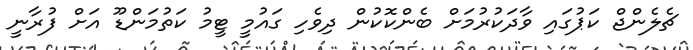
ޗެލެންޖް ކަޕުގައި ވާދަކުރުމަށް ބެންކޮކުން ދިވެހި ގައުމީ ޓީމު ކަތުމަންޑޫ އަށް ފުރާނީ